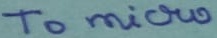
Text: To micro